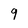
Character: 9